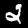
Digit: 2